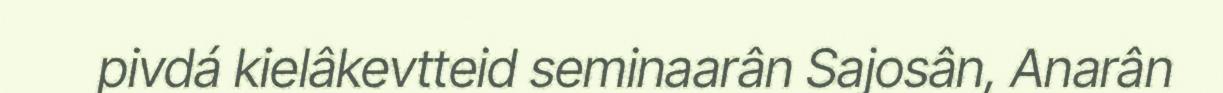
pivdá kielâkevtteid seminaarân Sajosân, Anarân